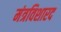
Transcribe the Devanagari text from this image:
मंत्रविशारद